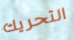
التحريك